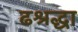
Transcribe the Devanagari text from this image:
ढश्रद्धा